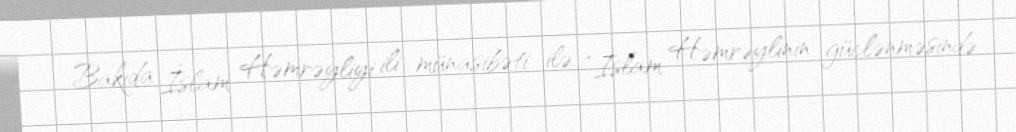
Bakıda İslam Həmrəyliyi ili münasibəti ilə “İslam Həmrəylinin güclənməsində